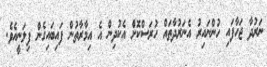
ނަރުދާ ޖަހާފައި ހުންނައިރު އެނަރުދާތައް ހުރަސްކޮށް އެކުދިން އެ އިމާރާތުން ފައިބައިގެން ފިލަނީއެވެ.